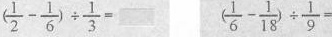
$$( \frac { 1 } { 2 } - \frac { 1 } { 6 } ) \div \frac { 1 } { 3 } =$$ $$( \frac { 1 } { 6 } - \frac { 1 } { 1 8 } ) \div \frac { 1 } { 9 } =$$